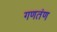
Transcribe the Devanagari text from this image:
गणतंण